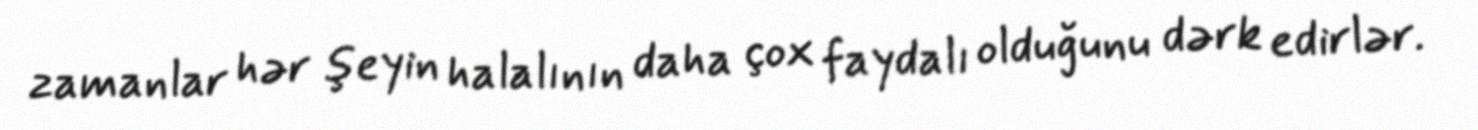
zamanlar hər şeyin halalının daha çox faydalı olduğunu dərk edirlər.